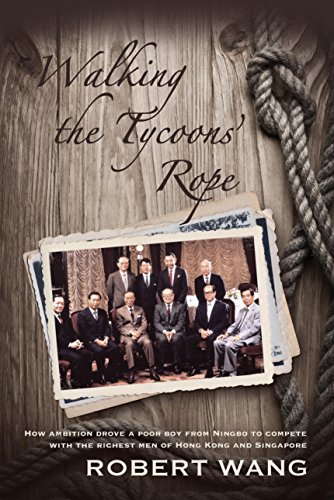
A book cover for Walking the Tycoon's Rope: How ambition drove a poor boy from Ningbo to compete with the richest men of Hong Kong and Singapore; Robert Wang; History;